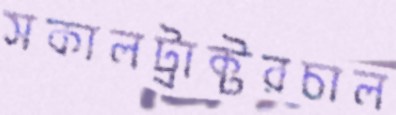
সকালট্রাক্টরচাল